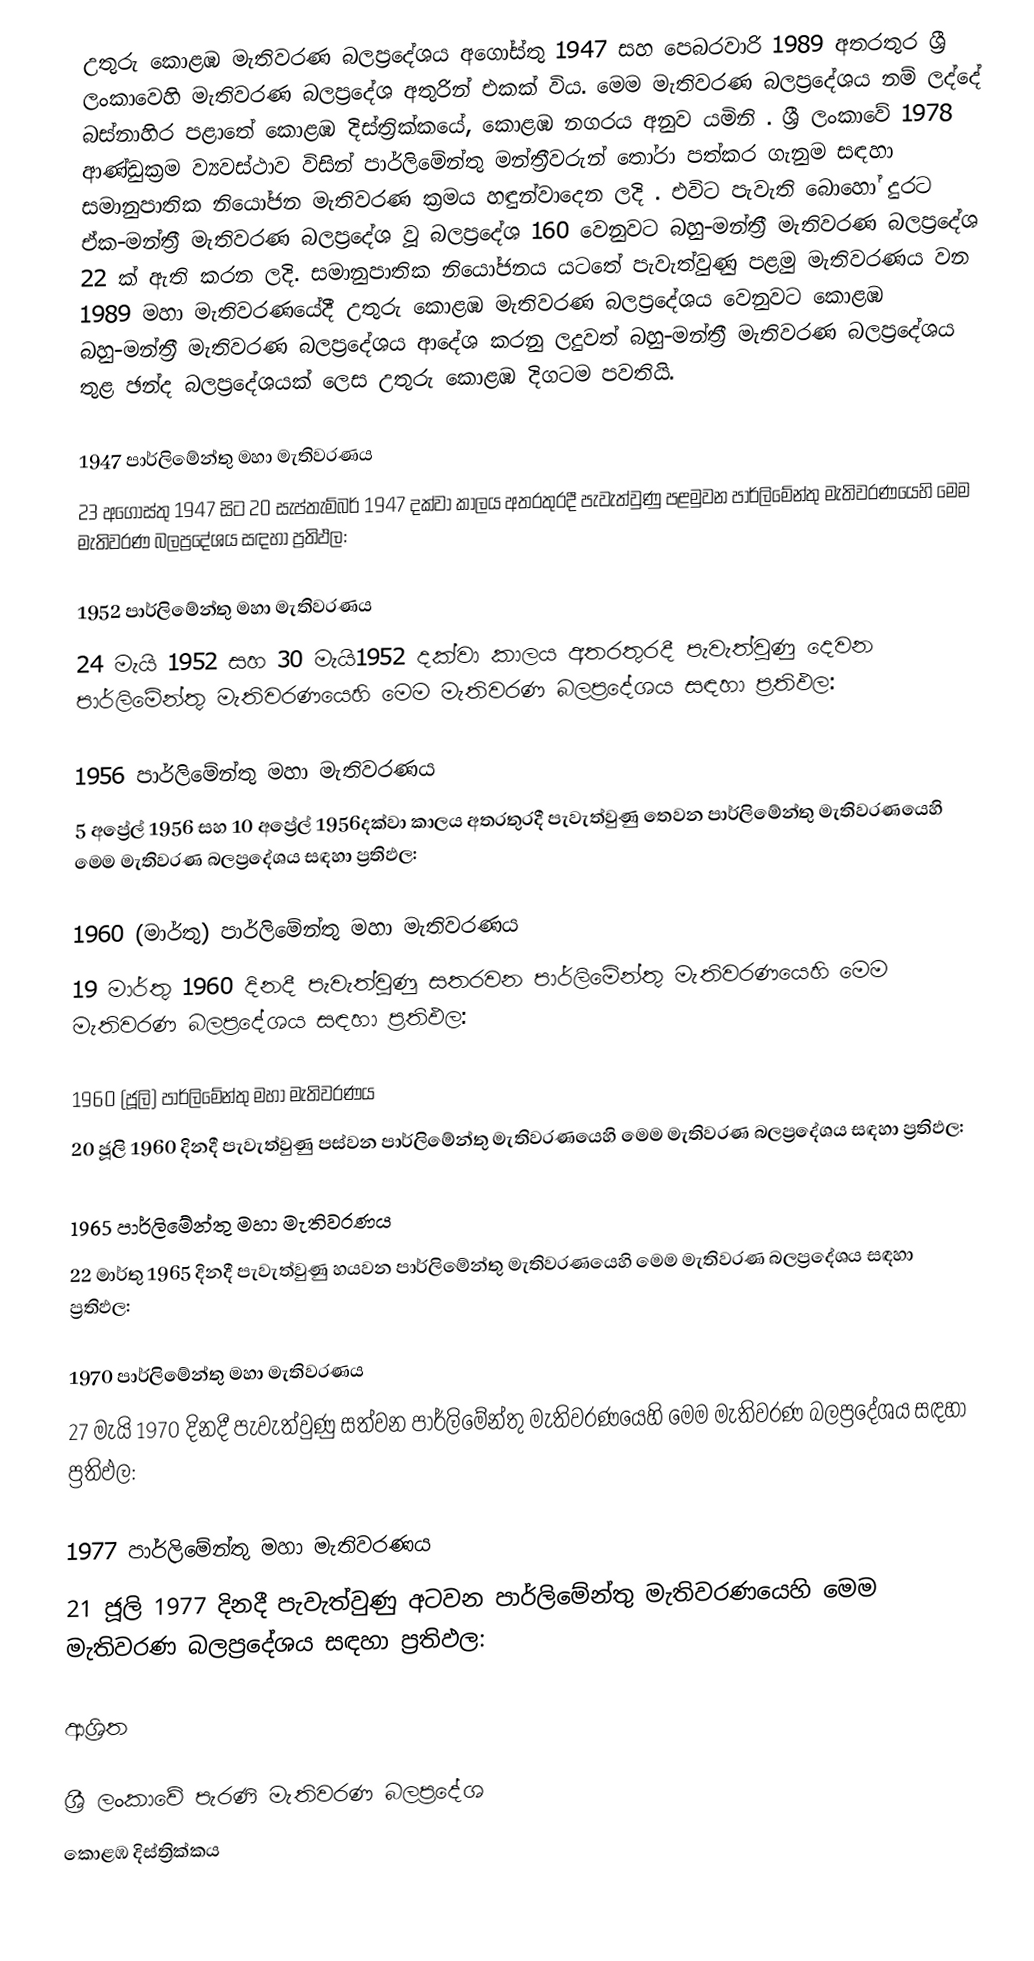
උතුරු කොළඹ මැතිවරණ බලප්‍රදේශය  අගෝස්තු 1947 සහ පෙබරවාරි 1989 අතරතුර  ශ්‍රී ලංකාවෙහි  මැතිවරණ බලප්‍රදේශ අතුරින් එකක් විය. මෙම මැතිවරණ බලප්‍රදේශය නම් ලද්දේ  බස්නාහිර පළාතේ  කොළඹ දිස්ත්‍රික්කයේ,  කොළඹ නගරය අනුව යමිනි . ශ්‍රී ලංකාවේ 1978 ආණ්ඩුක්‍රම ව්‍යවස්ථාව විසින්   පාර්ලිමේන්තු මන්ත්‍රීවරුන් තෝරා පත්කර ගැනුම සඳහා සමානුපාතික නියෝජන මැතිවරණ ක්‍රමය හඳුන්වාදෙන ලදි . එවිට පැවැති බොහෝ දුරට  ඒක-මන්ත්‍රී මැතිවරණ බලප්‍රදේශ වූ බලප්‍රදේශ 160 වෙනුවට බහු-මන්ත්‍රී මැතිවරණ බලප්‍රදේශ 22 ක් ඇති කරන ලදි. සමානුපාතික නියෝජනය යටතේ පැවැත්වුණු පළමු මැතිවරණය වන 1989 මහා මැතිවරණයේදී  උතුරු කොළඹ මැතිවරණ බලප්‍රදේශය වෙනුවට  කොළඹ බහු-මන්ත්‍රී මැතිවරණ බලප්‍රදේශය  ආදේශ කරනු ලදුවත් බහු-මන්ත්‍රී මැතිවරණ බලප්‍රදේශය තුළ ඡන්ද බලප්‍රදේශයක් ලෙස උතුරු කොළඹ දිගටම පවතියි.

1947 පාර්ලිමේන්තු මහා මැතිවරණය
23 අගෝස්තු 1947 සිට 20 සැප්තැම්බර් 1947 දක්වා කාලය අතරතුරදී පැවැත්වුණු  පළමුවන පාර්ලිමේන්තු මැතිවරණයෙහි මෙම මැතිවරණ බලප්‍රදේශය සඳහා ප්‍රතිඵල:

1952 පාර්ලිමේන්තු මහා මැතිවරණය
24 මැයි 1952 සහ 30 මැයි1952 දක්වා කාලය අතරතුරදී පැවැත්වුණු  දෙවන පාර්ලිමේන්තු මැතිවරණයෙහි මෙම මැතිවරණ බලප්‍රදේශය සඳහා ප්‍රතිඵල:

1956 පාර්ලිමේන්තු මහා මැතිවරණය
5 අප්‍රේල් 1956 සහ 10 අප්‍රේල් 1956දක්වා කාලය අතරතුරදී පැවැත්වුණු  තෙවන පාර්ලිමේන්තු මැතිවරණයෙහි මෙම මැතිවරණ බලප්‍රදේශය සඳහා ප්‍රතිඵල:

1960 (මාර්තු) පාර්ලිමේන්තු මහා මැතිවරණය
19 මාර්තු 1960 දිනදී පැවැත්වුණු  සතරවන පාර්ලිමේන්තු මැතිවරණයෙහි මෙම මැතිවරණ බලප්‍රදේශය සඳහා ප්‍රතිඵල:

1960 (ජූලි) පාර්ලිමේන්තු මහා මැතිවරණය
20 ජූලි 1960 දිනදී පැවැත්වුණු  පස්වන පාර්ලිමේන්තු මැතිවරණයෙහි මෙම මැතිවරණ බලප්‍රදේශය සඳහා ප්‍රතිඵල:

1965 පාර්ලිමේන්තු මහා මැතිවරණය
22 මාර්තු 1965  දිනදී පැවැත්වුණු  හයවන පාර්ලිමේන්තු මැතිවරණයෙහි මෙම මැතිවරණ බලප්‍රදේශය සඳහා ප්‍රතිඵල:

1970 පාර්ලිමේන්තු මහා මැතිවරණය
27 මැයි 1970 දිනදී පැවැත්වුණු  සත්වන පාර්ලිමේන්තු මැතිවරණයෙහි මෙම මැතිවරණ බලප්‍රදේශය සඳහා ප්‍රතිඵල:

1977 පාර්ලිමේන්තු මහා මැතිවරණය
21 ජූලි 1977 දිනදී පැවැත්වුණු  අටවන පාර්ලිමේන්තු මැතිවරණයෙහි මෙම මැතිවරණ බලප්‍රදේශය සඳහා ප්‍රතිඵල:

ආශ්‍රිත

ශ්‍රී ලංකාවේ පැරණි මැතිවරණ බලප්‍රදේශ
 කොළඹ දිස්ත්‍රික්කය